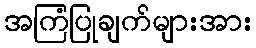
အကြံပြုချက်များအား